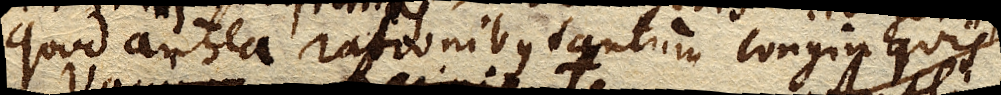
quod antea rationibus tantum longinquis